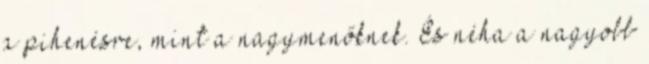
a pihenésre, mint a nagymenőknek. És néha a nagyobb